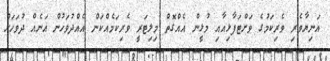
އަނިޔާވެރި ވެރިކަމުގެ ވަށްޓަފާޅިއާއި މުޅީން އެއްގޮތް މިލިޓަރީ ވެރިކަމެއްކަން އެއްދުވަހުން އަނެއް ދުވަހަށް